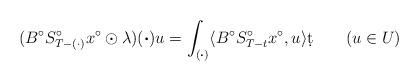
\begin{align*}(B^{\circ}S_{T-(\cdot)}^{\circ}x^{\circ}\odot\lambda)(\boldsymbol{\cdot})u=\int_{(\boldsymbol{\cdot})}\langle B^{\circ}S_{T-t}^{\circ}x^{\circ},u\rangle \d t \qquad(u\in U)\end{align*}